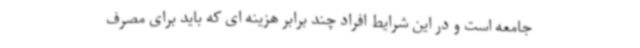
جامعه است و در این شرایط افراد چند برابر هزینه ای که باید برای مصرف